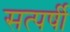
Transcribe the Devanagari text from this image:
सत्पर्षी